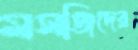
মসজিদের